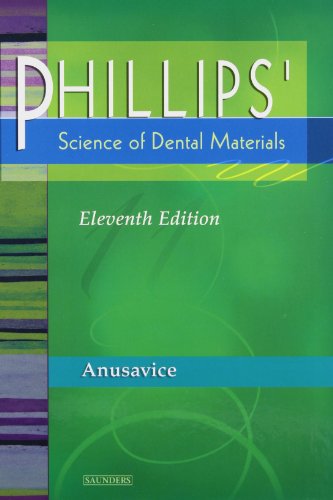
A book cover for Phillips' Science of Dental Materials, 11e (Anusavice Phillip's Science of Dental Materials); Kenneth J. Anusavice DMD  PhD; Medical Books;